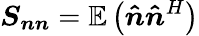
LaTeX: \boldsymbol{S_{nn}}=\mathbb{E}\left(\boldsymbol{\hat{n}}\boldsymbol{\hat{n}}^{H}\right)